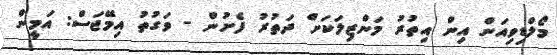
މޯލްޑިވިއަން އިން އިތުރު މަންޒިލަކަށް ދަތުރު ފެށުން - ވަގުތު އިމޭޖަސް: އަމީން